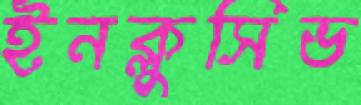
ইনক্লুসিভ